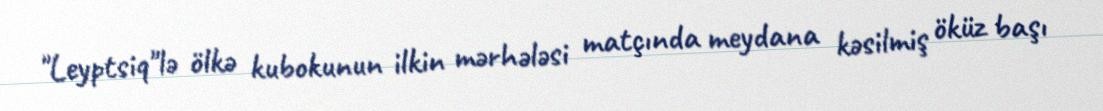
"Leyptsiq"lə ölkə kubokunun ilkin mərhələsi matçında meydana kəsilmiş öküz başı